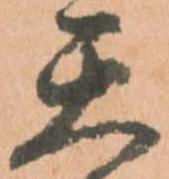
天